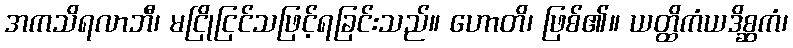
အကသိရလာဘီ၊ မငြိုငြင်သဖြင့်ရခြင်းသည်။ ဟောတိ၊ ဖြစ်၏။ ယတ္ထိကံယဒိစ္ဆကံ၊